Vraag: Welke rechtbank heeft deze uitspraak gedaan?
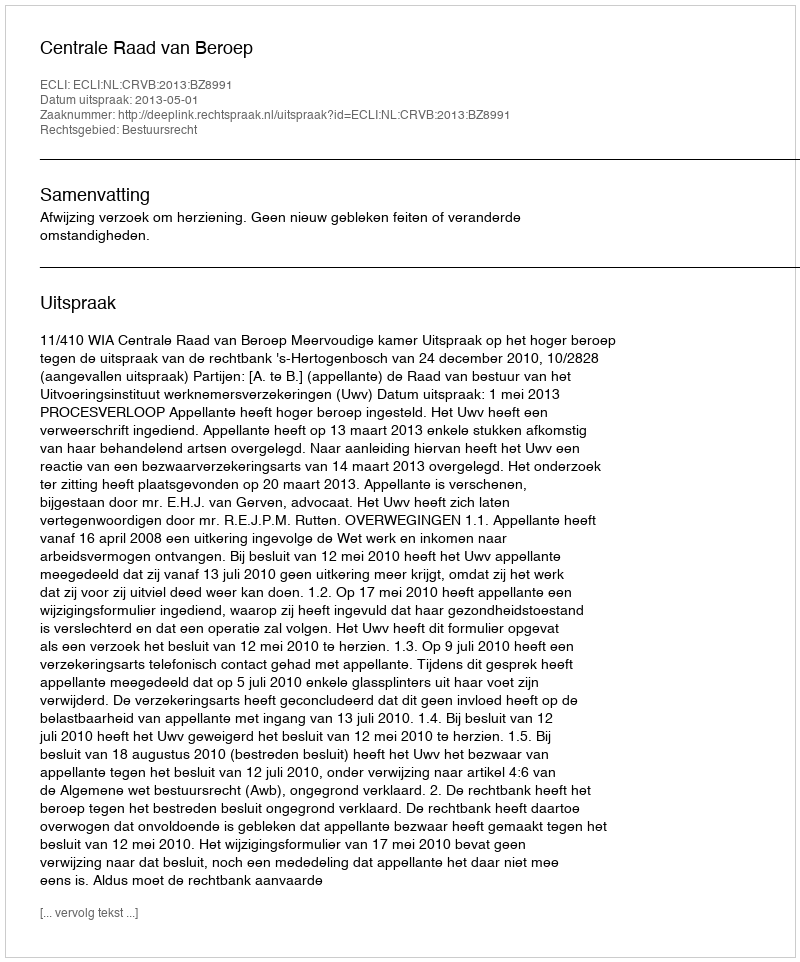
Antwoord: Centrale Raad van Beroep